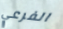
الفرعي